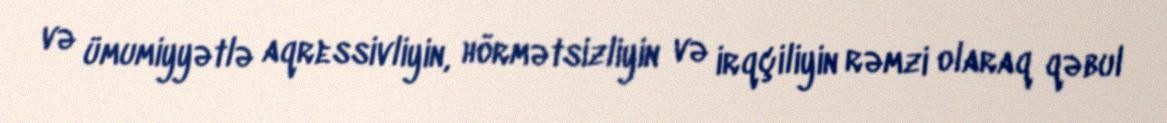
və ümumiyyətlə aqressivliyin, hörmətsizliyin və irqçiliyin rəmzi olaraq qəbul